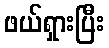
ဖယ်ရှားပြီး